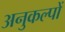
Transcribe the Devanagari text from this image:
अनुकल्पों